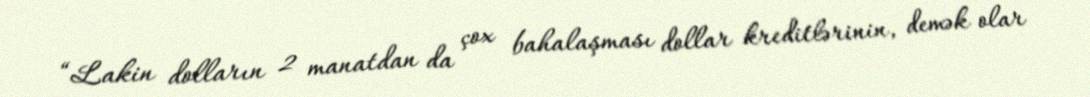
“Lakin dolların 2 manatdan da çox bahalaşması dollar kreditlərinin, demək olar